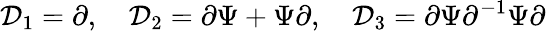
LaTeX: {\cal D}_{1}=\partial,\quad{\cal D}_{2}=\partial\Psi+\Psi\partial,\quad{\cal D}_{3}=\partial\Psi\partial^{-1}\Psi\partial